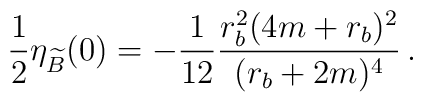
\frac{1}{2}\eta_{\widetilde B}(0) = -\frac{1}{12}\frac{r_b^2(4m+r_b)^2}{(r_b+2m)^4}\, .